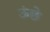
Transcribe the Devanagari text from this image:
ऊंछे